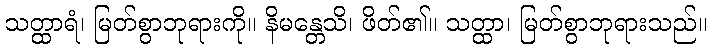
သတ္ထာရံ၊ မြတ်စွာဘုရားကို။ နိမန္တေသိ၊ ဖိတ်၏။ သတ္ထာ၊ မြတ်စွာဘုရားသည်။